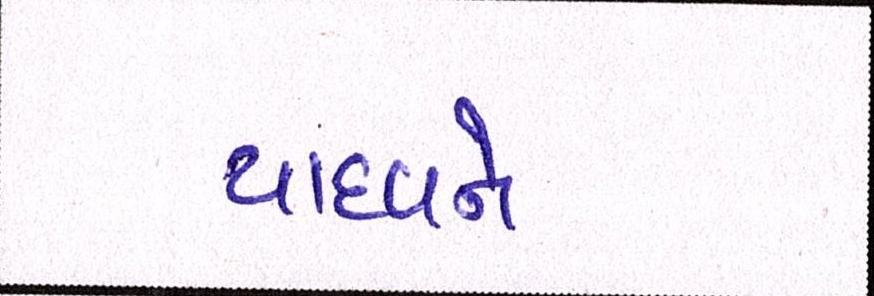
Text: યાદવને